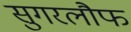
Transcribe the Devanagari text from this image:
सुगरलौफ